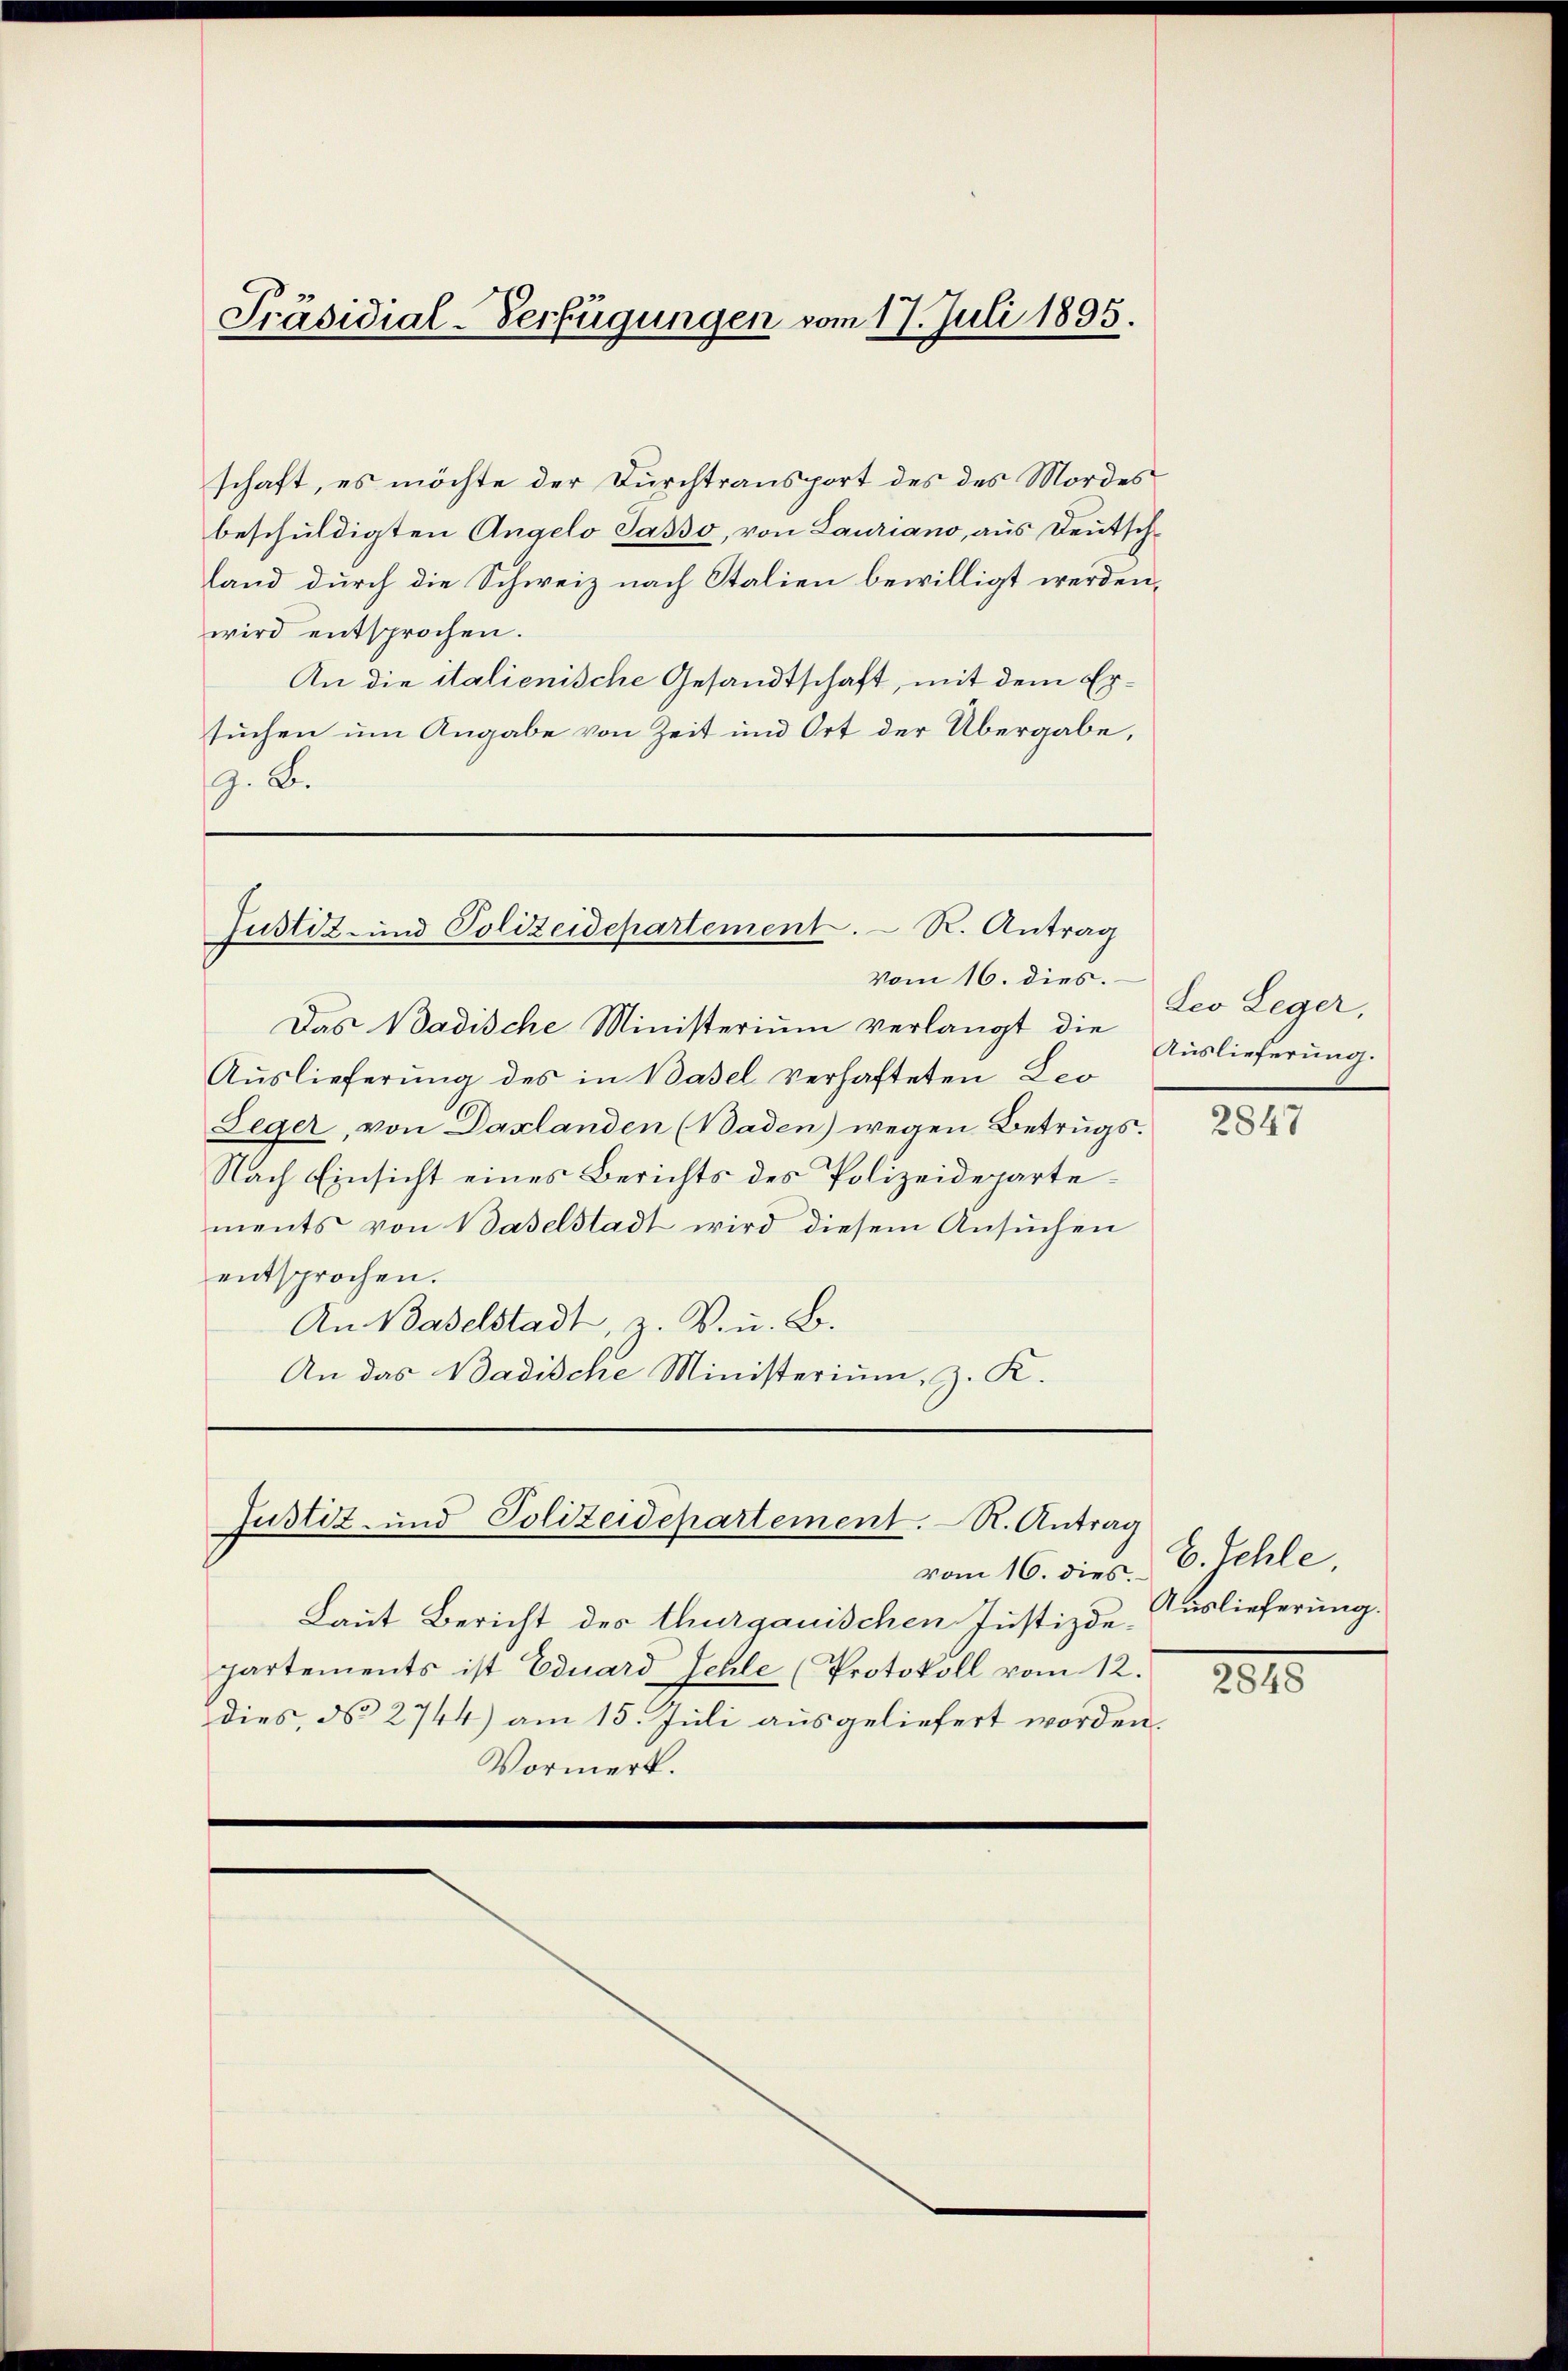
schaft, es möchte der Durchtransport des des Mordes
beschuldigten Angelo Sasso, von Lauriano, aus Deutschland durch die Schweiz nach Italien bewilligt werden,
wird entsprochen.
An die italienische Gesandtschaft, mit dem Ersuchen um Angabe von Zeit und Ort der Übergabe,
G. B.

Präsidial-Verfügungen vom 17. Juli 1895.

Justiz- und Polizeidepartement. R. Antrag

Vom 16. dies.
Das Badische Ministerium verlangt die
Auslieferung des in Basel verhafteten Leo
Leger, von Daxlanden (Baden) wegen Betrugs.
Nach Einsicht eines Berichts des Polizeidepartements von Baselstadt wird diesem Ansuchen
entsprochen.
An Baselstadt, z. B. u. B.
An das Badische Ministerium, z. K.

Justiz- und Polizeidepartement. R. Antrag

vom 16. dies.
Laut Bericht des thurgauischen Justizdepartements ist Eduard Fehle (Protokoll vom 12.
dies, d. 2744) am 15. Juli ausgeliefert worden.
Vormerk.

Deo Leger,
Auslieferung.

2847

2848

E. Fehle,
Auslieferung.